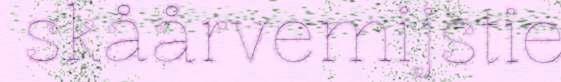
skåårvemijstie